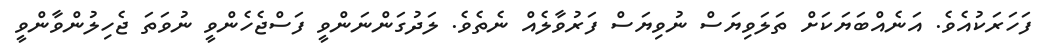
ފަހަރަކުއެވެ. އަނެއްބަޔަކަށް ތަލަވިޔަސް ނުވިޔަސް ފަރުވާލެއް ނެތެވެ. ލަދުގަންނަންވީ ފަސްޖެހެންވީ ނުވަތަ ޖެހިލުންވާންވީ